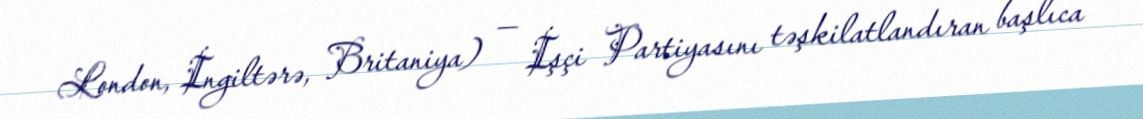
London, İngiltərə, Britaniya) — İşçi Partiyasını təşkilatlandıran başlıca